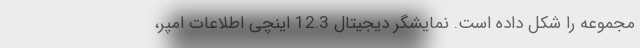
مجموعه را شکل داده است. نمایشگر دیجیتال 12.3 اینچی اطلاعات امپر،